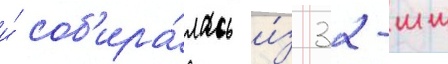
и́ соб'ира́лась и́з 32-мм